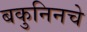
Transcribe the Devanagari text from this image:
बकुनिनचे